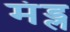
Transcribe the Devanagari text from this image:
मंड्ल